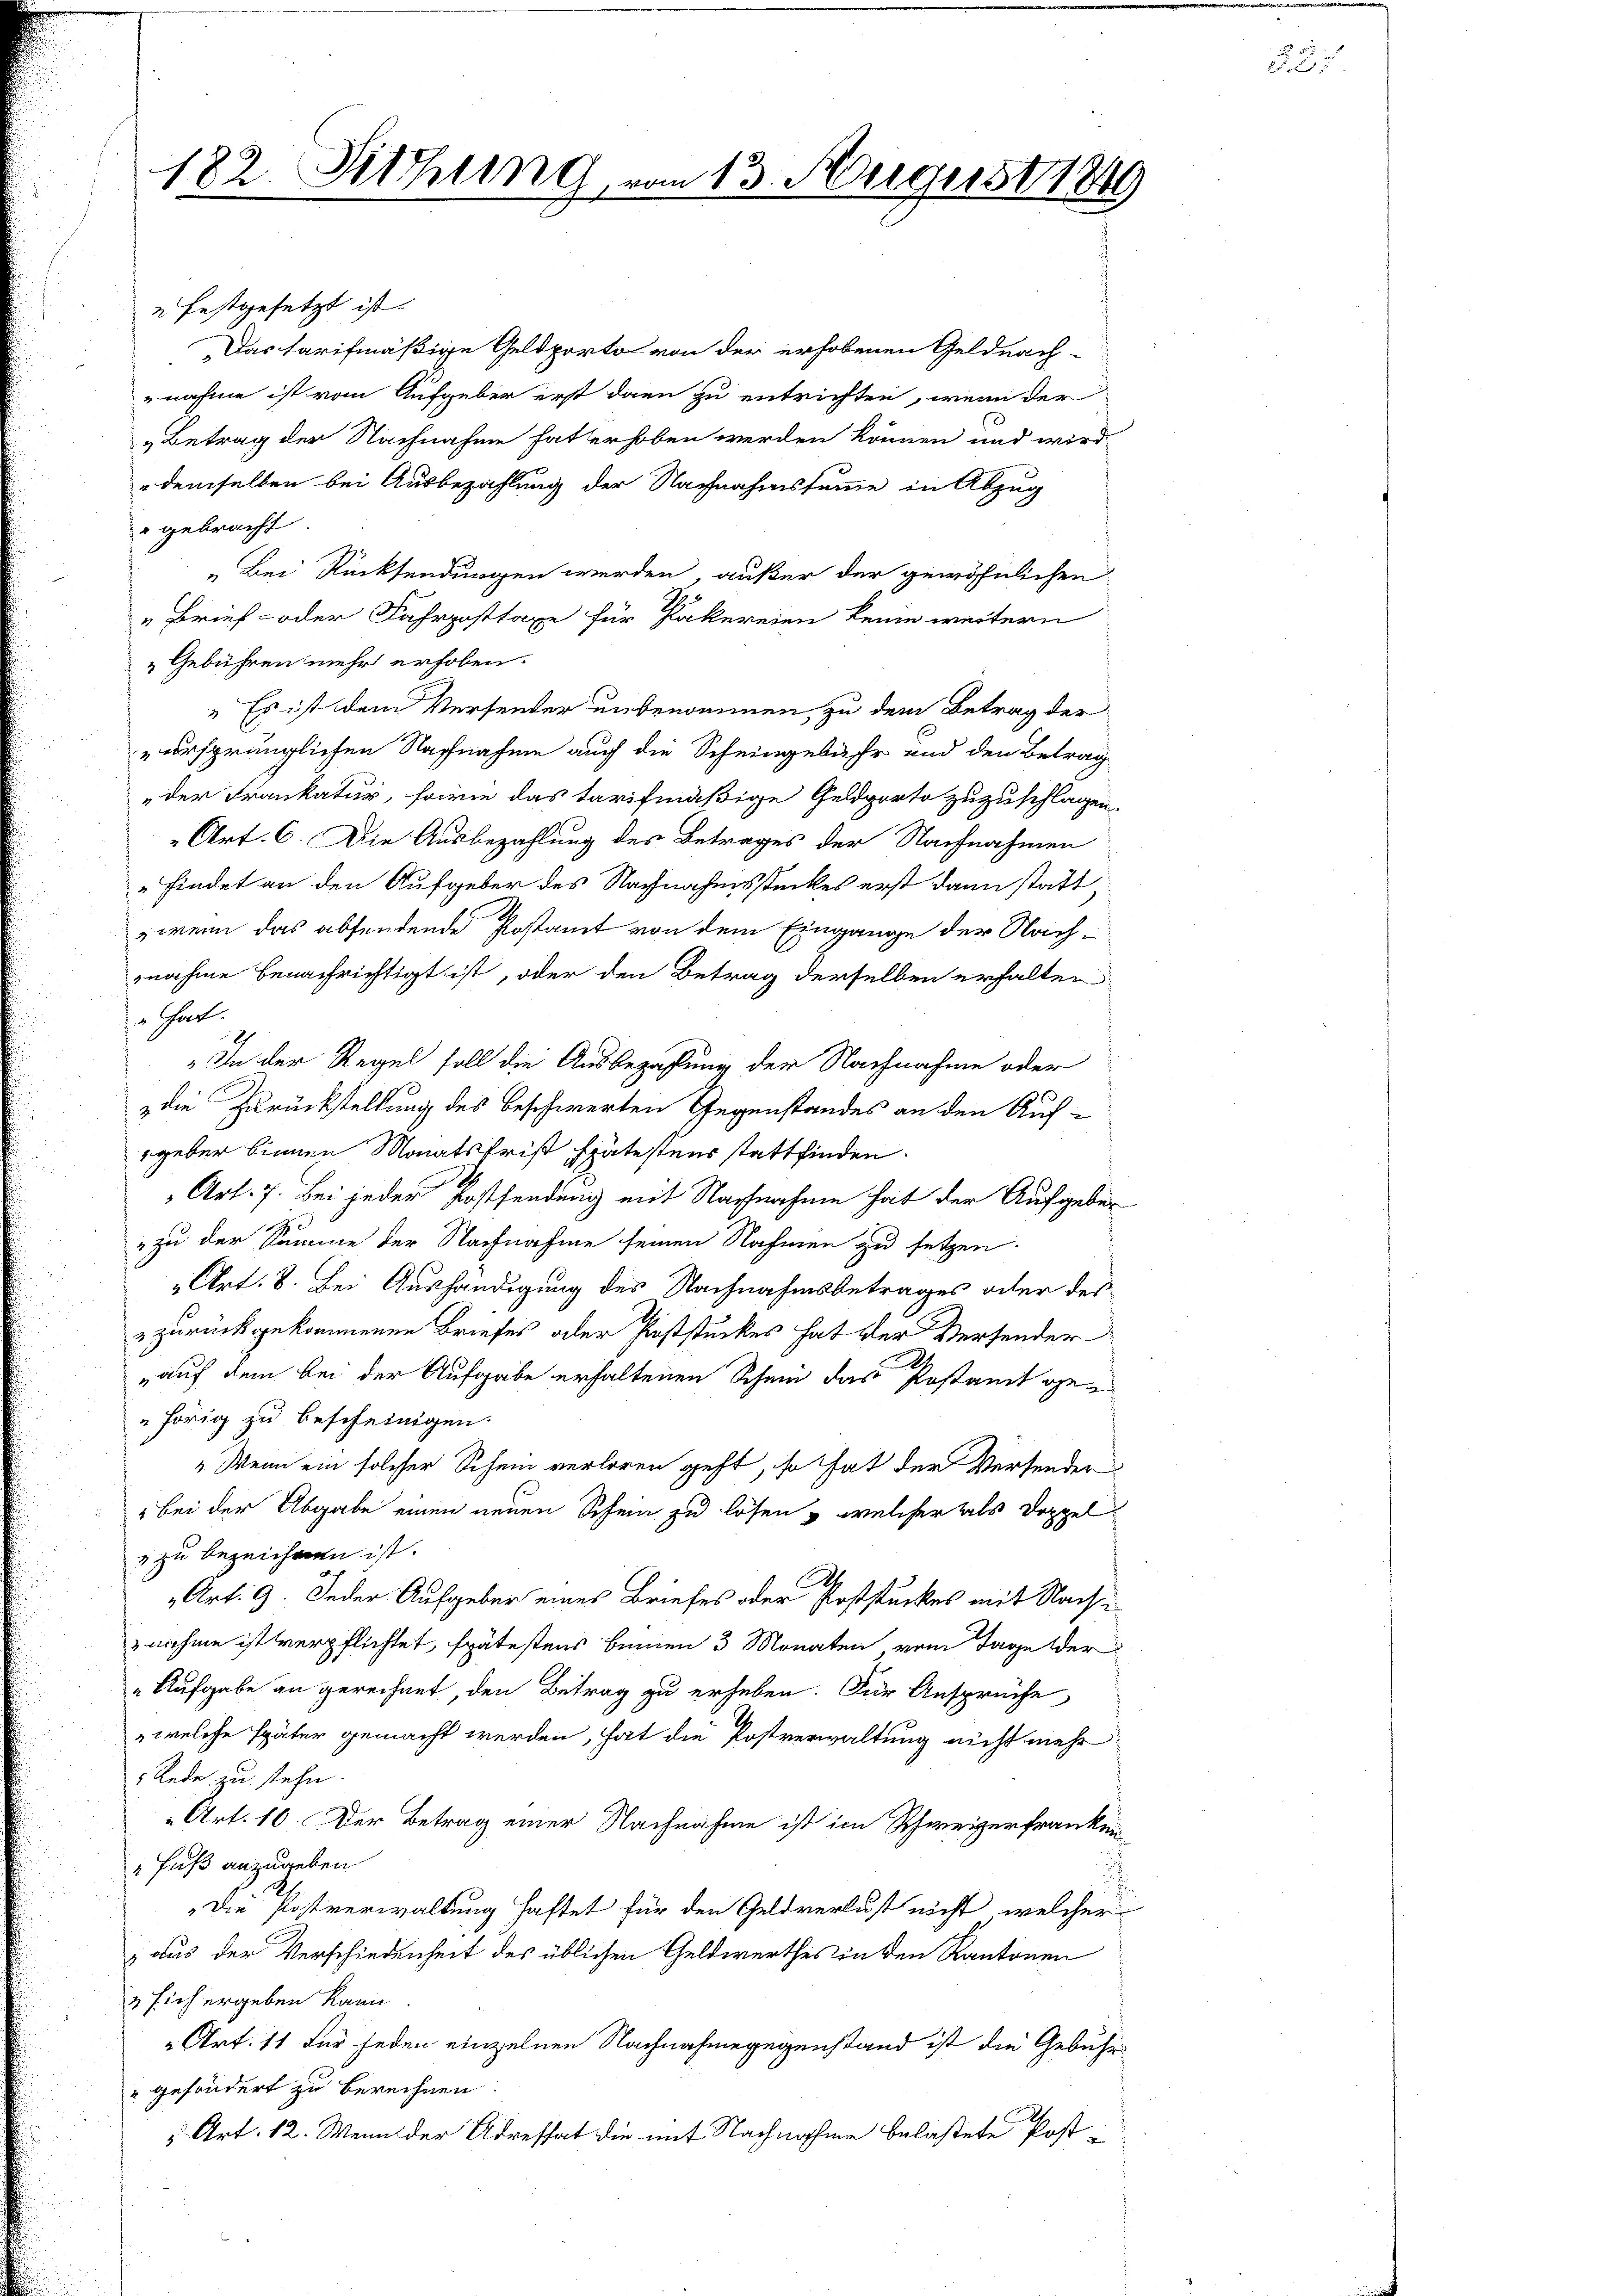
182. Sitzung

n 13. August 1849

2 festgesetzt ist.
Das tarifmäßige Geldporto von der erhobenen Geldnach-
nahme ist vom Aufgeber erst dann zu entrichten, wenn der
„Betrag der Nachnahme hat erhoben werden können und wird
demselben bei Ausbezahlung der Nachnahmssumme in Abzug
 gebracht
„Bei Rücksendungen werden, außer der gewöhnlichen
" Brief- oder Fahrposttaxe für Pakereien keine weitern
„Gebühren mehr erhoben.
" Es ist dem Versender unbenommen zu dem Betrag der
ursprünglichen Nachnahme auch die Scheingebühr und den Betrag
der Frankatur, sowie das tarifmäßige Geldporte zuzuschlagen.
Art. 6. Die Ausbezahlung des Betrages der Nachnahmen
„findet an den Aufgeber des Nachnahmsstückes erst dann statt
,wenn das absendende Postamt von dem Eingange der Nach
nahme benachrichtigt ist, oder den Betrag derselben erhalten
That.
„In der Regel soll die Ausbezahlung der Nachnahme oder
die Zurückstellung des beschwerten Gegenstandes an den Auf-
geber binnen Monatsfrist spätestens stattfinden.
Art. 7. Bei jeder Postsendung mit Nachnahme hat der Aufgebe¬
" zu der Summe der Nachnahme seinen Nahmen zu setzen.
Art. 8. Bei Aushändigung des Nachnahmsbetrages oder des
 zurückgekommenen Briefes oder Feststückes hat der Versender
auf dem bei der Aufgabe erhaltenen Schein das Postanzt gehörig zu bescheinigen.
"Wenn ein solcher Schein verloren geht, so hat der Versender
"bei der Abgabe einen neuen Schein zu lösen & welcher als Doppelv zu bezeichnen ist.
Art. 9. Jeder Aufgeber eines Briefes oder Poststückes mit Nachsi
znahme ist verpflichtet, spätestens beinen 3 Monaten vom Tage der
„Aufgabe an gerechnet, den Betrag zu erheben. Für Ansprüche
welche später gemacht werden, hat die Postverwaltung nicht mehr
Redes zu stehe.
Art. 10. Der Betrag einer Nachnahme ist im Schweizerfranken
Fuß anzugeben
Die Postverwaltung haftet für den Geldverlust nicht, welcher
) aus der Verschiedenheit des üblichen Geldwerthes in den Kantonen
3 sich ergeben kann
„Art. 11 für jeden einzelnen Nachnahmegegenstand ist die Gebühr
"gesondert zu berechnen.
“ Art. 12. Wenn der Adrestat die mit Nachnahme belastete Post-

.